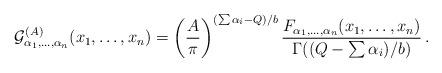
LaTeX: \begin{align*}{\cal G}^{(A)}_{\alpha_1,\ldots,\alpha_n}(x_1,\ldots,x_n) = \left( {A\over\pi} \right)^{(\sum\alpha_i - Q)/b} {F_{\alpha_1,\ldots,\alpha_n}(x_1,\ldots,x_n)\over\Gamma((Q-\sum\alpha_i)/b)}\,.\end{align*}